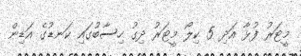
މީޓަރު ފުޅާ އަދި 5 ކިލޯ މީޓަރު ދިގު ހިސާބުގައި ކަނޑުގެ އަޑިން